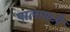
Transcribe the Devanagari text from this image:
पालामध्ये